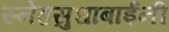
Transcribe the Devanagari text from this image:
स्नेहसुधाबाईंनी